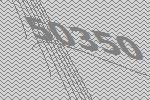
50350